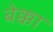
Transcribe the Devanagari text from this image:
बेक्का